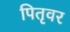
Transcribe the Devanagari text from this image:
पितृवर